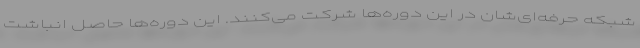
شبکه حرفه‌ای‌شان در این دوره‌ها شرکت می‌کنند. این دوره‌ها حاصل انباشت